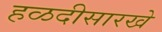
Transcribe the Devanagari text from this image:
हळदीसारखे